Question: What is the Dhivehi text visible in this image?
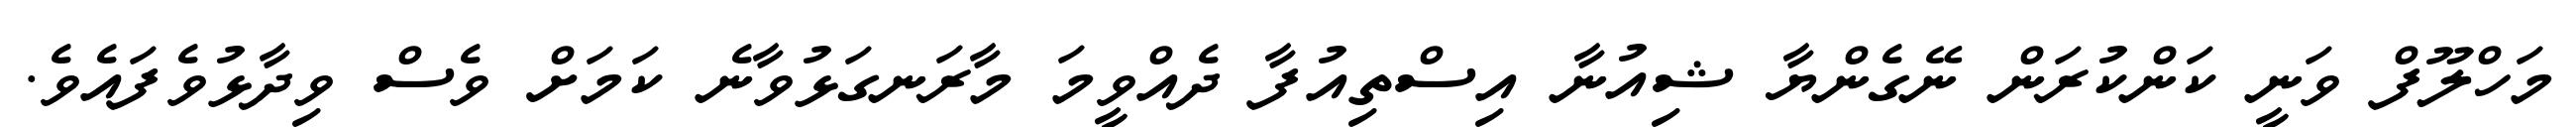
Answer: މަހްލޫފް ވަނީ ކަންކުރަން ނޭގެންޔާ ޝިއުނާ އިސްތިއުފާ ދެއްވީމަ މާރަނގަޅުވާނެ ކަމަށް ވެސް ވިދާޅުވެފައެވެ.